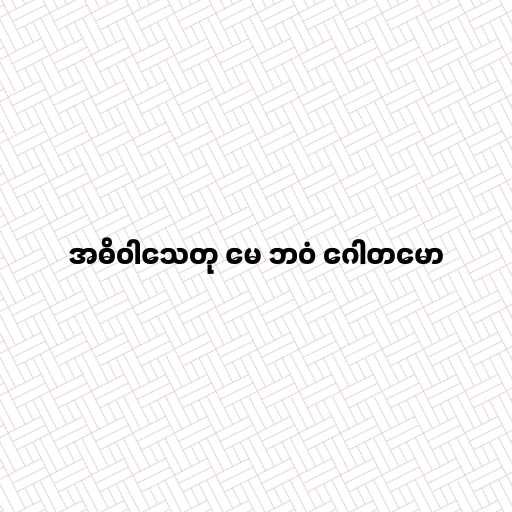
အဓိဝါသေတု မေ ဘဝံ ဂေါတမော